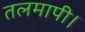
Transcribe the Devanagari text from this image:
तलमापी।